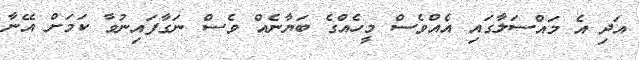
އަދި އެ މައްސަލާގައި އެއްވެސް މީހެއްގެ ބަޔާނެއް ވެސް ނަގާފައިނުވާ ކަމަށް އޭނާ